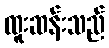
ထူးဆန်းသည်